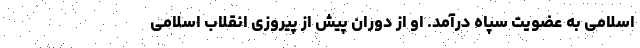
اسلامی به عضویت سپاه درآمد. او از دوران پیش از پیروزی انقلاب اسلامی